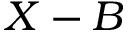
X - B